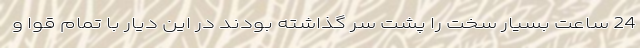
24 ساعت بسیار سخت را پشت سر گذاشته بودند در این دیار با تمام قوا و